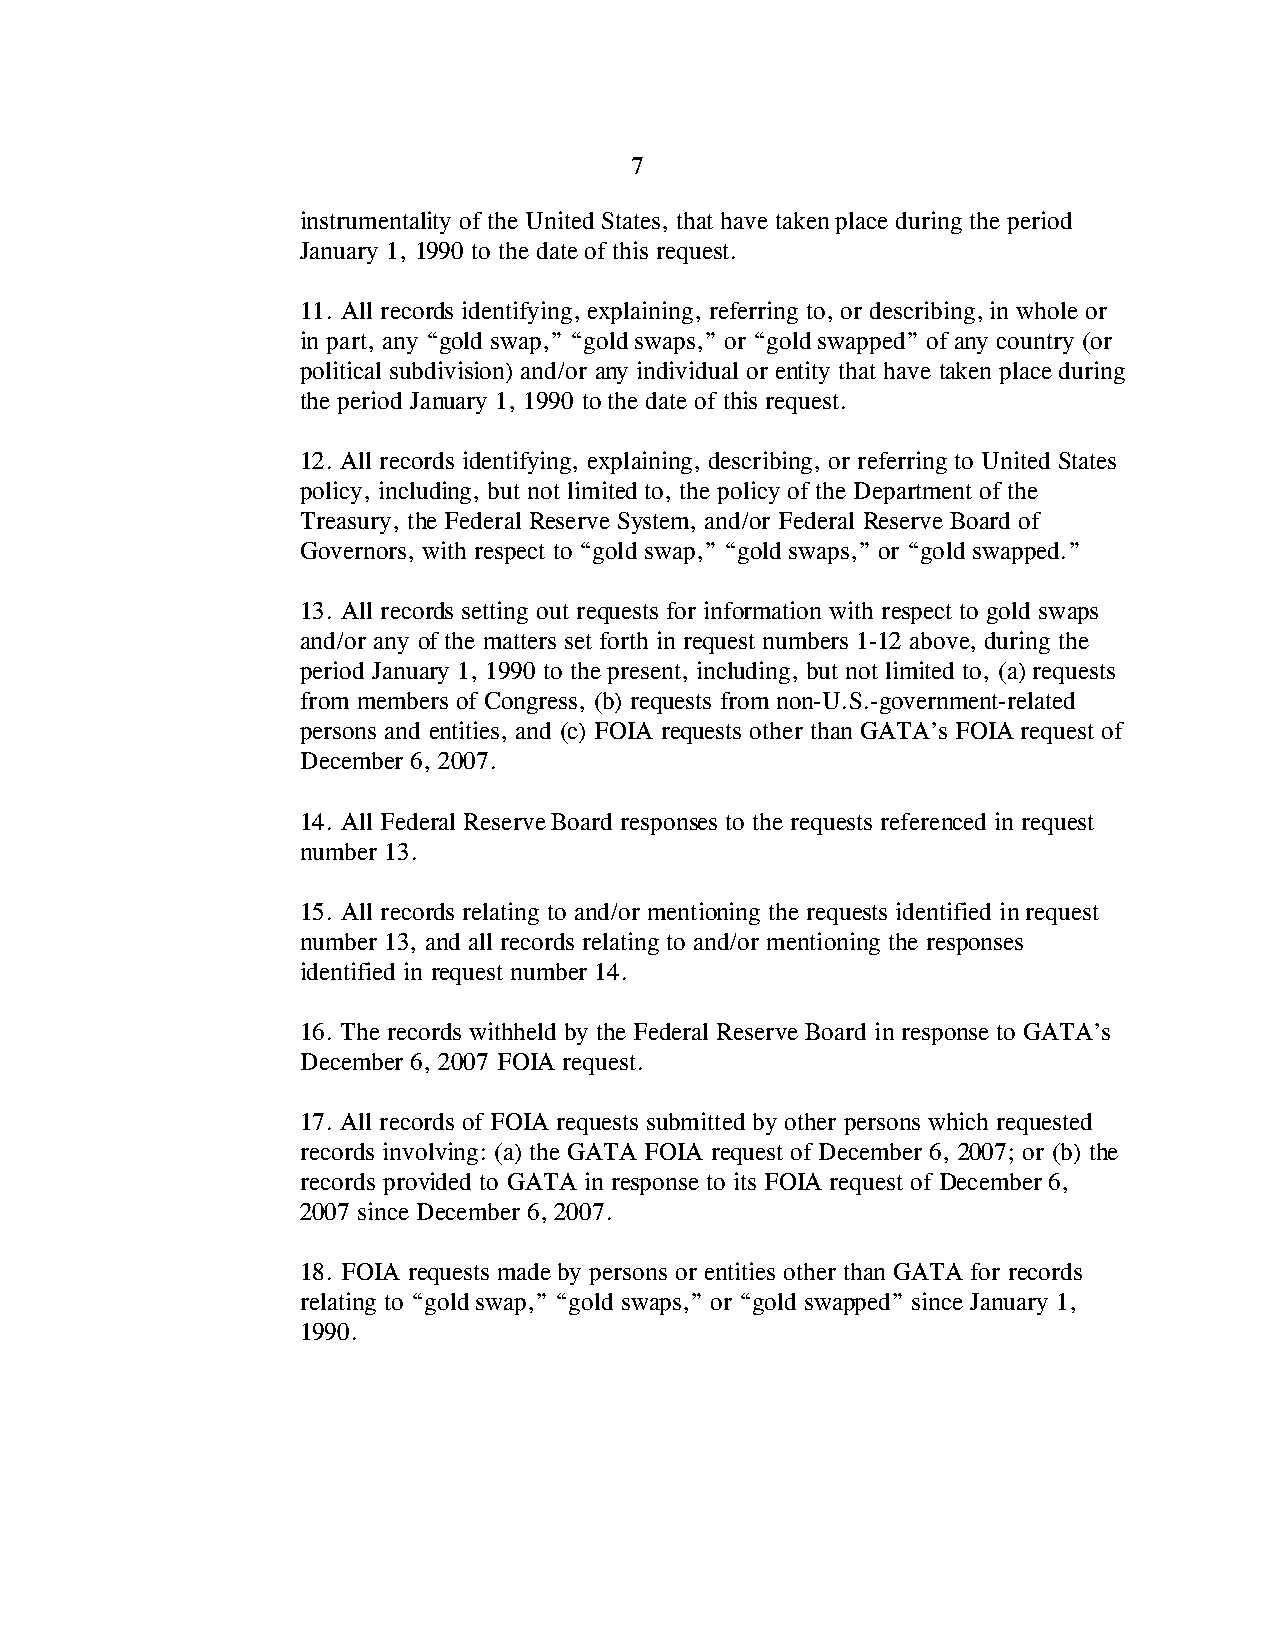
7
 instrumentality of the United States, that have taken place during the period
 January 1, 1990 to the date of this request.
 11. All records identifying, explaining, referring to, or describing, in whole or
 in part, any “gold swap,” “gold swaps,” or “gold swapped” of any country (or
 political subdivision) and/or any individual or entity that have taken place during
 the period January 1, 1990 to the date of this request.
 12. All records identifying, explaining, describing, or referring to United States
 policy, including, but not limited to, the policy of the Department of the
 Treasury, the Federal Reserve System, and/or Federal Reserve Board of
 Governors, with respect to “gold swap,” “gold swaps,” or “gold swapped.”
 13. All records setting out requests for information with respect to gold swaps
 and/or any of the matters set forth in request numbers 1-12 above, during the
 period January 1, 1990 to the present, including, but not limited to, (a) requests
 from members of Congress, (b) requests from non-U.S.-government-related
 persons and entities, and (c) FOIA requests other than GATA’s FOIA request of
 December 6, 2007.
 14. All Federal Reserve Board responses to the requests referenced in request
 number 13.
 15. All records relating to and/or mentioning the requests identified in request
 number 13, and all records relating to and/or mentioning the responses
 identified in request number 14.
 16. The records withheld by the Federal Reserve Board in response to GATA’s
 December 6, 2007 FOIA request.
 17. All records of FOIA requests submitted by other persons which requested
 records involving: (a) the GATA FOIA request of December 6, 2007; or (b) the
 records provided to GATA in response to its FOIA request of December 6,
 2007 since December 6, 2007.
 18. FOIA requests made by persons or entities other than GATA for records
 relating to “gold swap,” “gold swaps,” or “gold swapped” since January 1,
 1990.